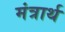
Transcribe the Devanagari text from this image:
मंत्रार्थ